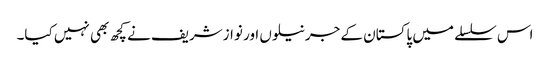
اس سلسلے میں پاکستان کے جرنیلوں اور نوازشریف نے کچھ بھی نہیں کیا۔